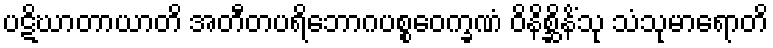
ပဋိဃာတာယာတိ အတီတပရိဘောဂပစ္စဝေက္ခဏံ ဝိနိစ္ဆိနိံသု သံသုမာရောတိ